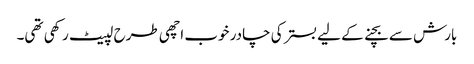
بارش سے بچنے کے لیے بستر کی چادر خوب اچھی طرح لپیٹ رکھی تھی۔